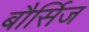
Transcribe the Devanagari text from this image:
बौर्सिज